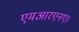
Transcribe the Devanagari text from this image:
एमआरएनए।